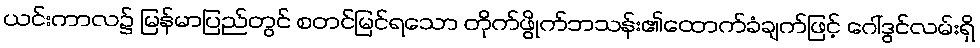
ယင်းကာလ၌ မြန်မာပြည်တွင် စတင်မြင်ရသော တိုက်ဖွိုက်ဘသန်း၏ထောက်ခံချက်ဖြင့် ဂေါ်ဒွင်လမ်းရှိ